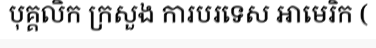
បុគ្គលិក ក្រសួង ការបរទេស អាមេរិក (